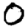
Digit: 0